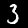
Digit: 3